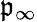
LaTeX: \mathfrak{p}_{\infty}